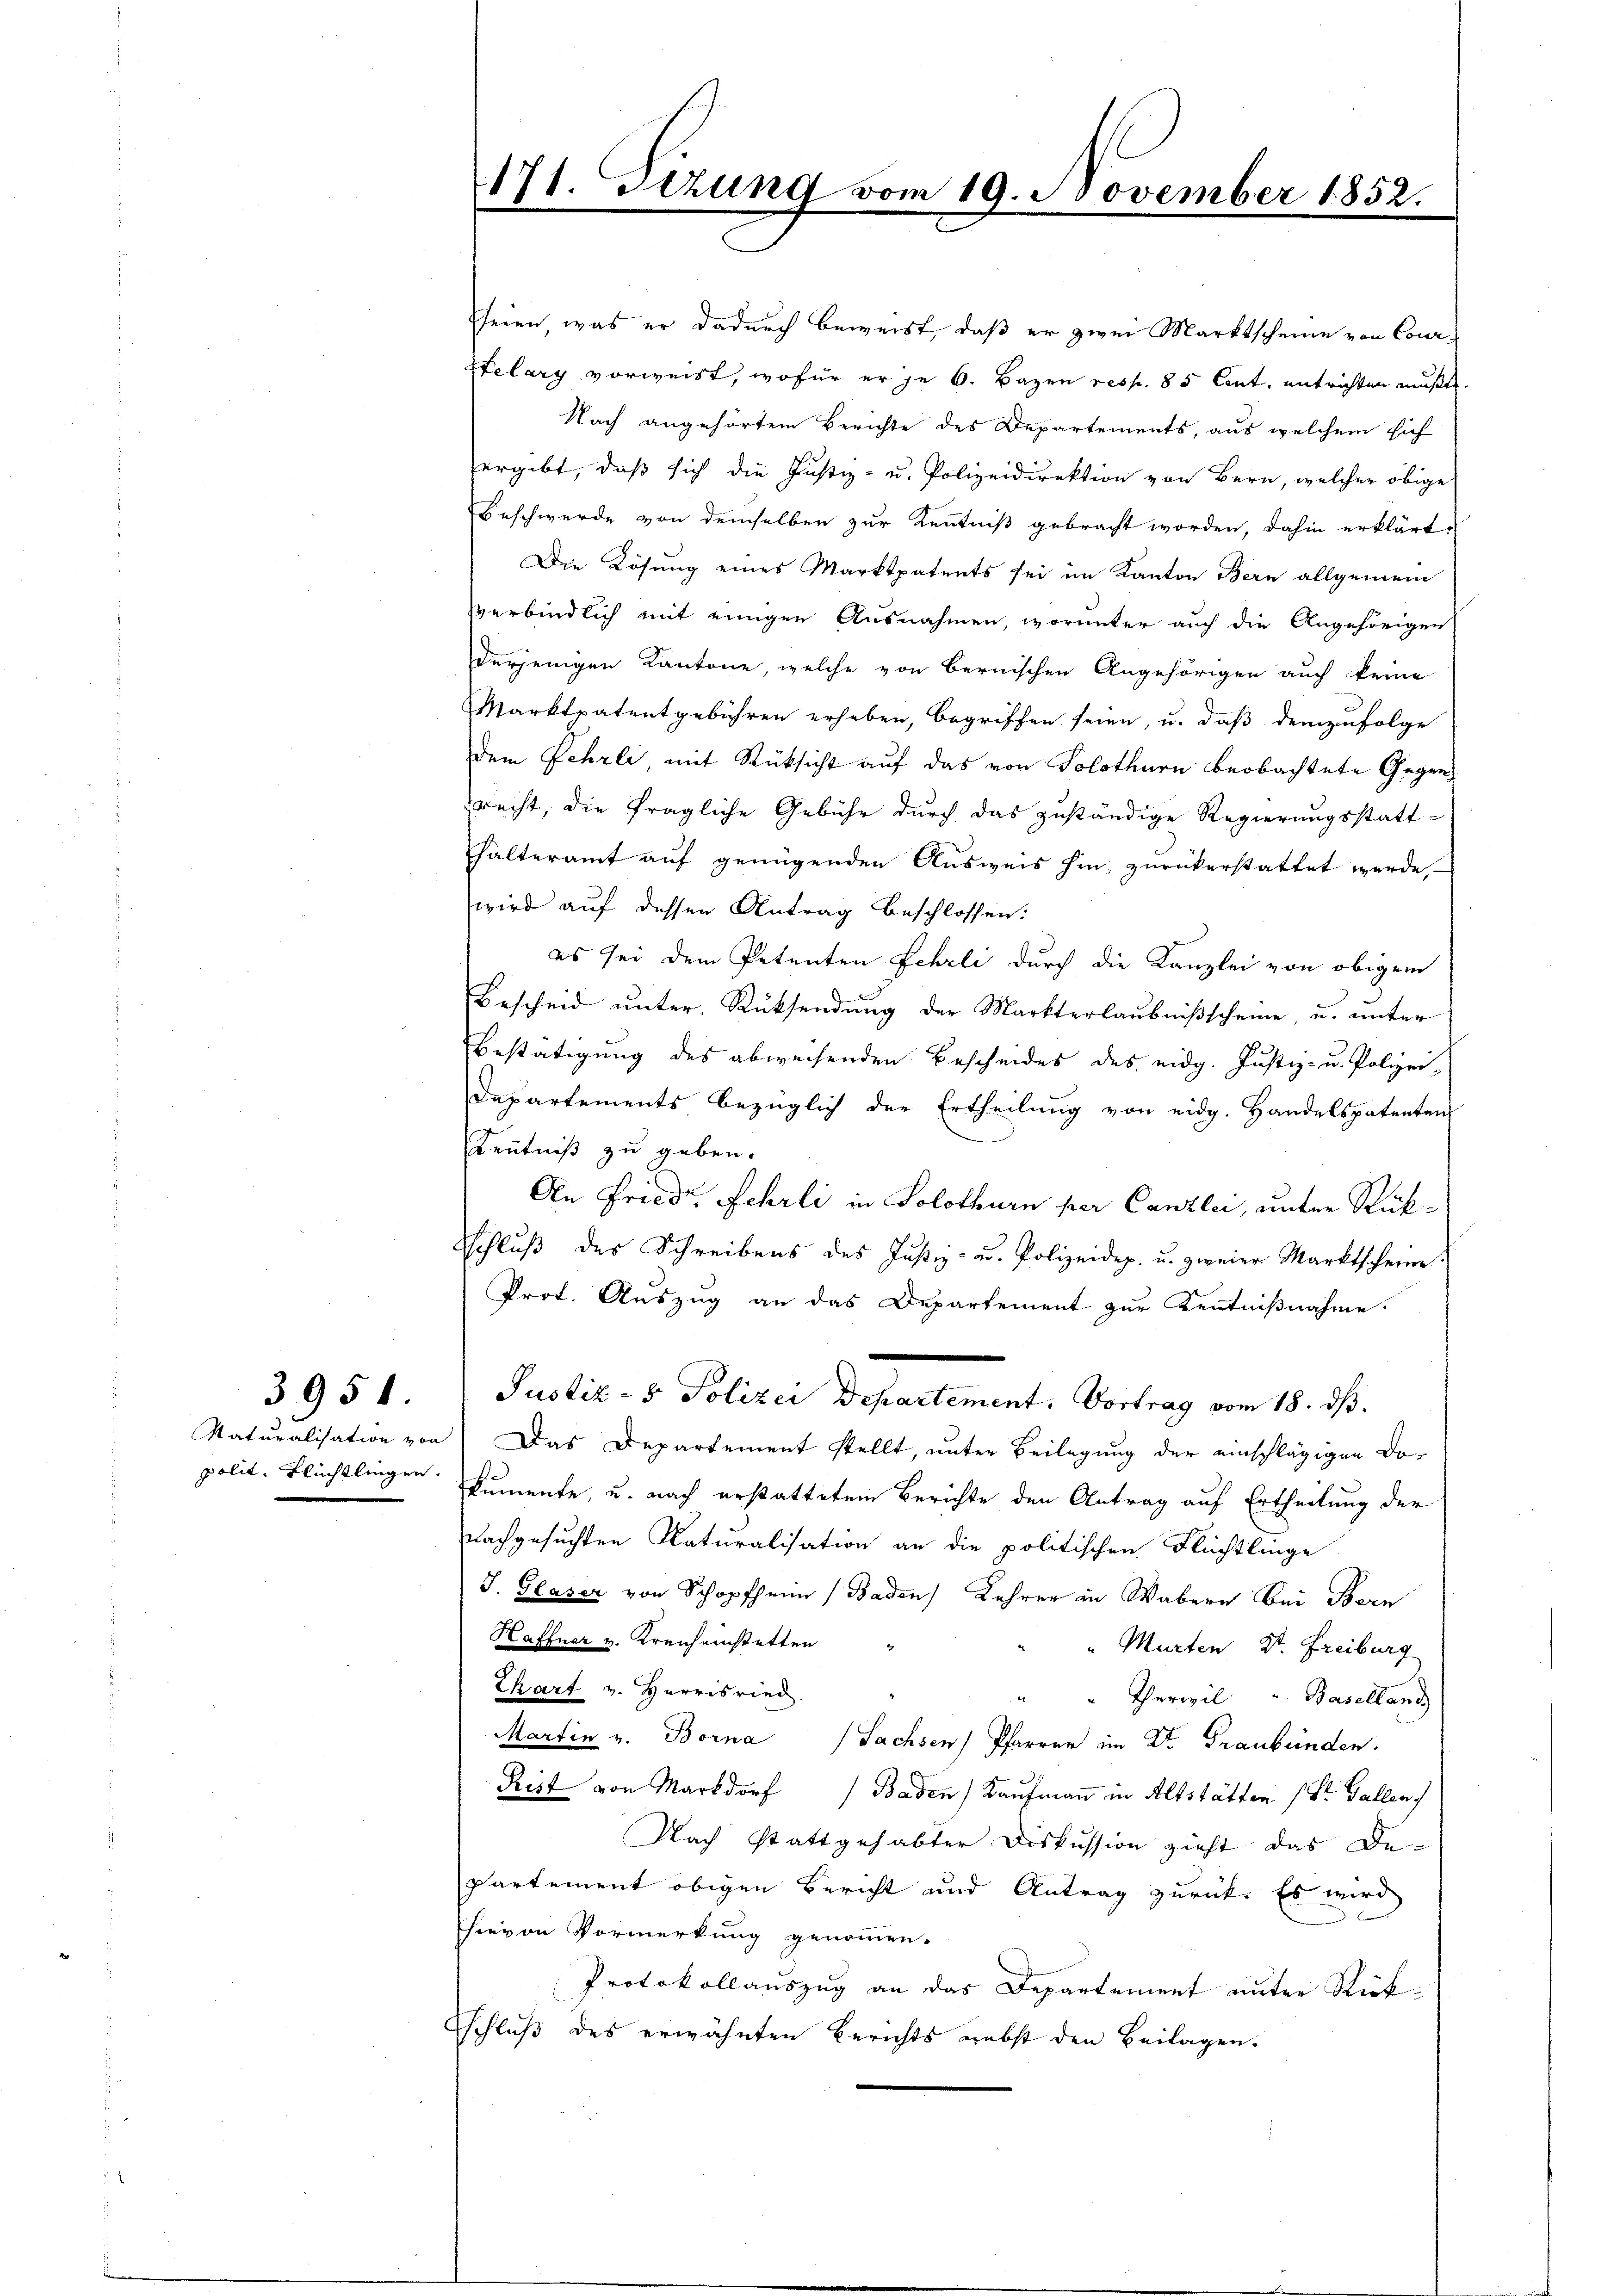
3951

171. Sizung vom 19. November 1852.

seien, was er dadurch beweist, daß er zwei Marktscheine von Cour¬
Etelary vorweist, wofür er je 6. Bazen resp. 85 Cent. entrichten mußte.
Nach angehörtem Berichte des Departements, aus welchem sich
ergibt, daß sich die Justiz- u. Polizeidirektion von Bern, welcher obige
Beschwerde von demselben zur Kenntniß gebracht worden, dahin erklärt,
Die Lösung eines Marktpatents sei im Kanton Bern allgemein
verbindlich mit einigen Ausnahmen, worunter auch die Angehörigen
derjenigen Kantone, welche von Bernischen Angehörigen auch keine
Marktpatentgebühren erheben, begriffen seien, u. daß demzufolge
dem Fehrli, mit Rücksicht auf das von Solothurn beobachtete Gegenrecht, die fragliche Gebühr durch das zuständige Regierungsstatt-
halteramt auf genügenden Ausweis hin, zurückerstattet werde,
wird auf dessen Antrag beschlossen:
es sei dem Petenten Schrli durch die Kanzlei von obigem
Bescheid unter Rücksendung der Markterlaubnißscheine, u. unter
Bestätigung des abweisenden Bescheides des eidg. Justiz- u. Polizei-
Departements bezüglich der Ertheilung von eidg. Handelspatenten
Kenntniß zu geben.
An Friedr. Fehrli in Solothurn per Canzlei, unter Rück¬
Schlŭβ des Schreibens des Justiz- u. Polizeidep. u. zweier Marktscheine
Prof. Auszug an das Departement zur Kenntnißnahme.
Justiz- & Polizei Departement. Vortrag vom 18. ds.
Naturalisation von Das Departement stellt, unter Beilegung der einschlägigen Dopolit. Flüchtlingen Sumente, u. nach erstattetem Berichte den Antrag auf Ertheilung der
nachgesuchten Naturalisation an die politischen Flüchtlinge
J. Glaser von Schopfheim Baden Lehrer in Wabern Bei Bern
Haffner v. Kreich einstetten
"Murten St. Freiburg
Chart v. Herrisried.
Therwil " Baselland
Martin v. Borna Sachsen Pfarrer im Kt. Graubünden.
Rist von Markdorf Baden) Kaufmann in Altstätten (St. Gallen
Nach stattgehabter Diskussion zieht das De-
Partement obigen Bericht und Antrag zurück. Es wird
hievon Vormerkung genommen.
Protokollauszug an das Departement unter Rückschluß des erwähnten Berichts nebst den Beilagen.